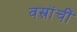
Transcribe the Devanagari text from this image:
वस्रांचीं